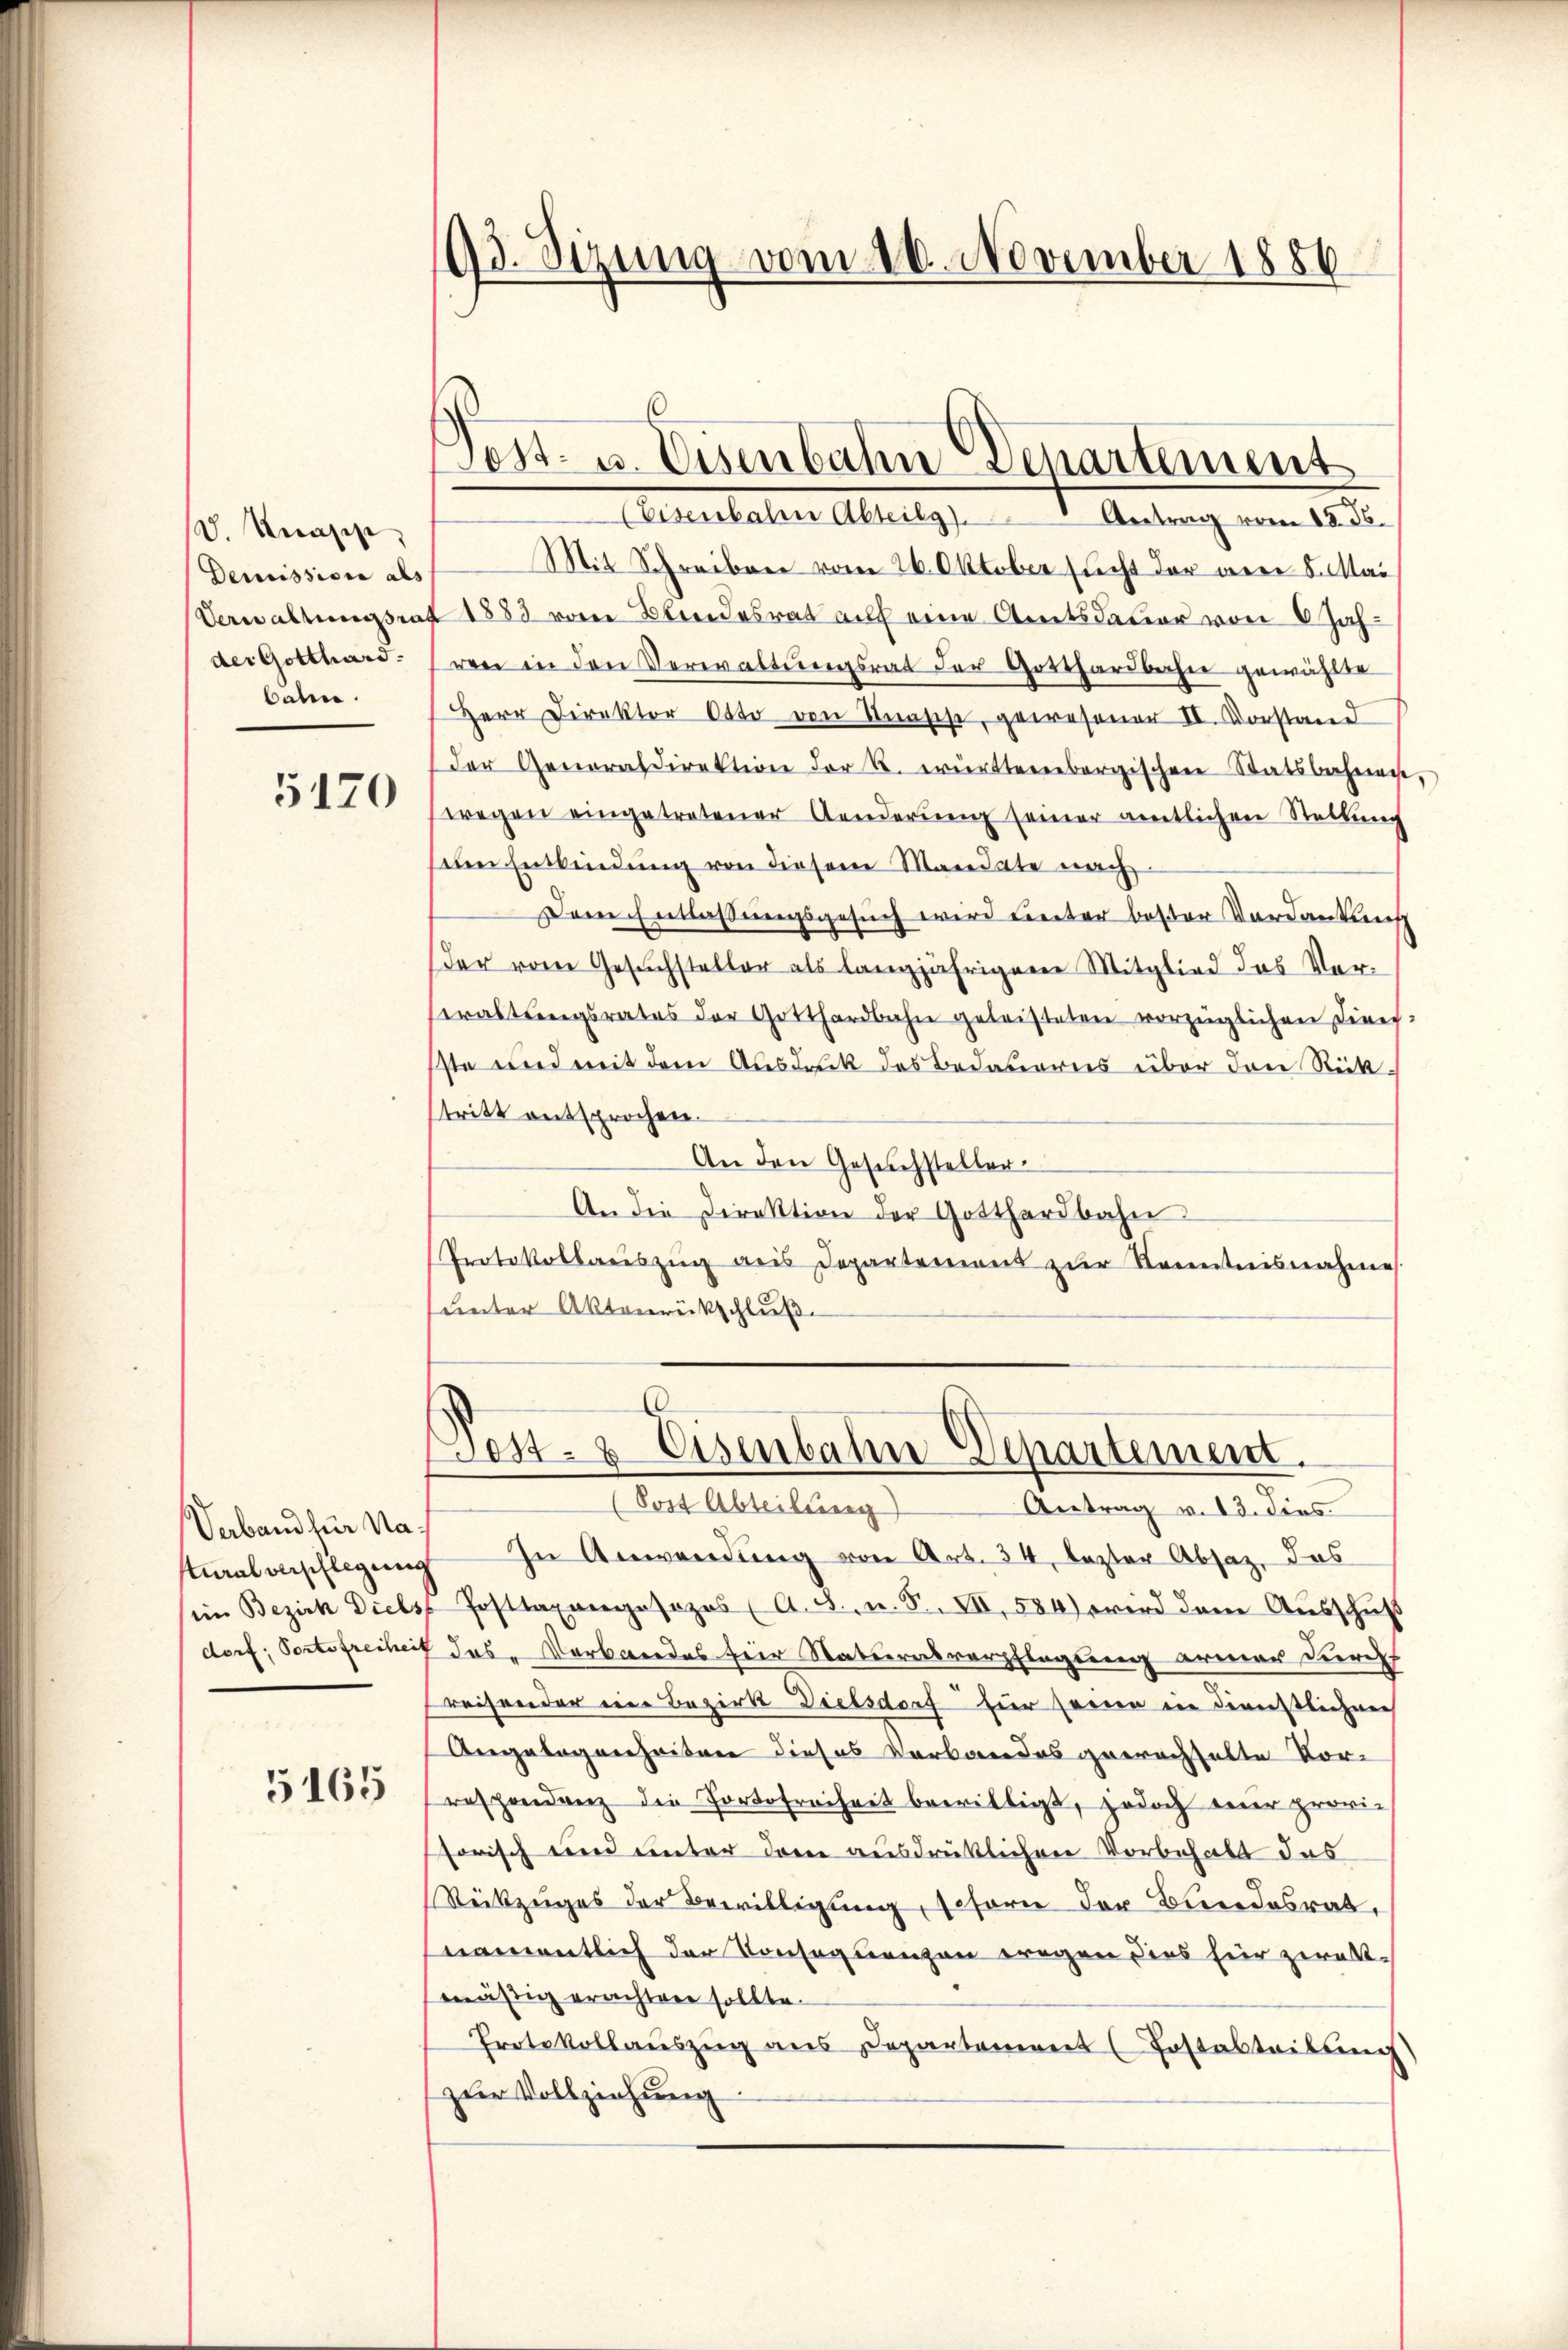
V. Knapp,
Demissione als
der Gotthard.
baten.

5170

Verband her Na¬

5165

Mit Schreiben vom 26. Oktober sucht der aber 5. Mai
Verwaltungsrat 1883 von Blindesrat auf eine Amtsdauer von 6 Jahren in den Verwaltungsrat der Gotthardbahn gewählte
Herr Direktor Otto von Knasche, gewesener II. Vorstand
der Generaldirektion der k. württembergischen Statsbahnen,
wegen eingetretener Aenderŭng seiner amtlichen Stellung
um Entbindung von diesem Mandate nach
Deren Entlaßungsgesuch wird Cereter bester Verdankens
Der vom Gesuchsteller als langjährigene Mitglied das Vererastungsrates der Gotthardbahn geleisteten vorzüglichen Diver-
sste und mit dem Ausdruck des Bedauerns über den Rücktritt entsprochen.
An den Gesuchsteller
An die Direktion der Gotthardbahn.
Protokollauszug aus Departement zŭr Kenntnisnahme
unter Aktenrückschluß

93. Sizung vom 10. November 1886

Post- u. Eisenbahn Departement
(Eisenbahn Abteilg). Antrag vom 18. ds.

Post- & Eisenbahn Departement.

(Post Abteilung
Antrag v. 13. dies
tialverpflegung in Anwendung von Art. 34, lezter Absaz, das
iin Bezirk Dielst Posttaxangesezes (A. 8. u. S. VII, 584) wird dem Ausschuß
dorf; Portofreiheit das Verbandes für Naturalverpflegung armer durchf
Preisender ein Bezirk Dielsdorf für seine in dienstlichen
Angelegenheiten dieses Verbandes geerachselte Vor-
respondenz die Portofreiheit bewilligt, jedoch mir provi-
sorisch und unter dem ausdrücklichen Vorbehalt das
Rückzuges der Bewilligung, schorn der Bundesrat,
namentlich der Konsequenzen wegen dies für zweitmäsig erachten sollte.
Protokollaŭszŭg ans Departement (Fostabteilung)
zder Vollziehung